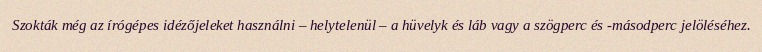
Szokták még az írógépes idézőjeleket használni – helytelenül – a hüvelyk és láb vagy a szögperc és -másodperc jelöléséhez.